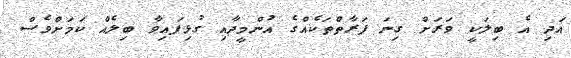
އަދި އެ ބިލަކީ ވަރަށް ގިނަ ފަރާތްތަކެއްގެ އުންމީދާއި ގުޅިފައިވާ ބިލެއް ކަމަށްވެސް